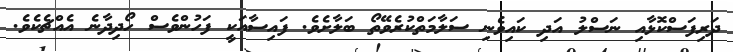
ދަރިފަސްކޮޅާއި ނަސްލު އަދި ކައިވެނި ސަލާމަތްކުރެވޭތޯ ބަލާށެވެ. ފައިސާއަކީ ފަހުންވެސް ހޯދިދާނެ އެއްޗެކެވެ.